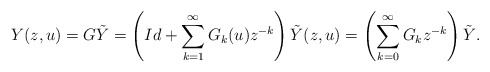
\begin{align*} Y(z,u)=G\tilde{Y}=\left(Id+\sum_{k=1}^{\infty}G_{k}(u)z^{-k}\right)\tilde{Y}(z,u)=\left(\sum_{k=0}^{\infty}G_{k}z^{-k}\right)\tilde{Y}. \end{align*}